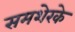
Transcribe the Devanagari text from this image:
समशेरके